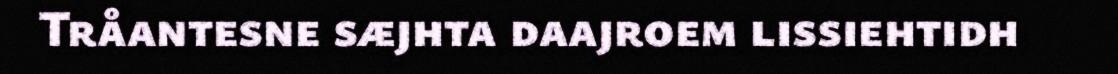
Tråantesne sæjhta daajroem lissiehtidh